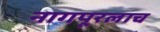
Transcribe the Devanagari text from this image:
नागपूरलाच